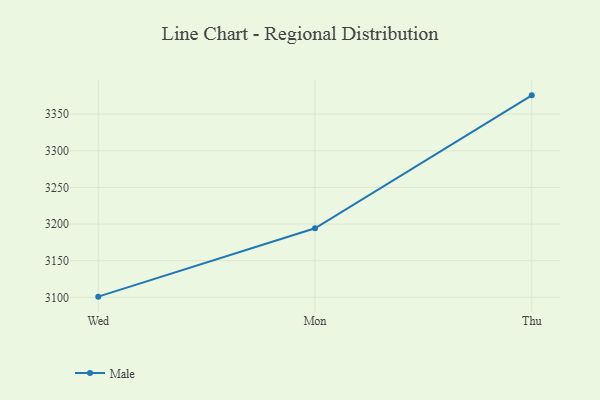
{"axis": {"x": "Day", "y": "Waste Production (Tons)"}, "legend": ["Male"], "data": [{"x": "Wed", "y": 3100.9, "type": "Male"}, {"x": "Mon", "y": 3194.3, "type": "Male"}, {"x": "Thu", "y": 3375.7, "type": "Male"}]}